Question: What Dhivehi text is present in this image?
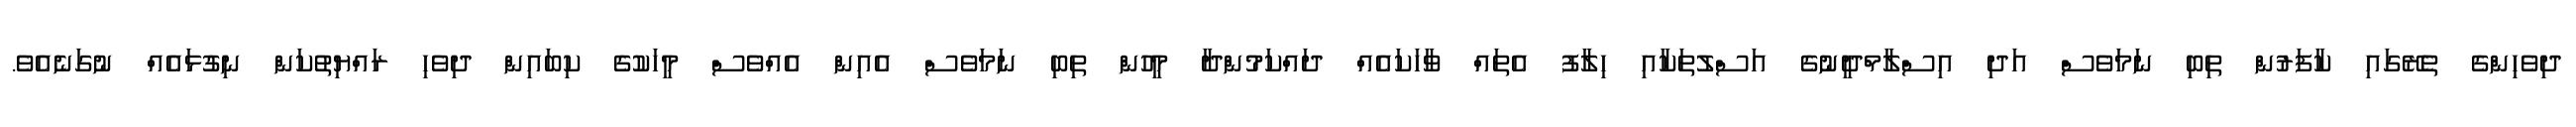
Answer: ދިވެހިންގެ ތެރޭގައި ކާފަރުން ތިބި ނަމަވެސް އަދި އިސްލާމްދީނުގެ އަސްލުތަކާއި ހިލާފު އެތައް ވާހަކައެއް ދައްކަމުންދާ މީހުން ތިބި ނަމަވެސް އެއިން އެއްވެސް މީހަކުގެ ކިބައިން ދިވެހި ރައްޔިތުކަން ނިގުޅައެއް ނުގަނެއެވެ.